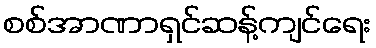
စစ်အာဏာရှင်ဆန့်ကျင်ရေး